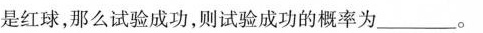
是红球，那么试验成功，则试验成功的概率为___。